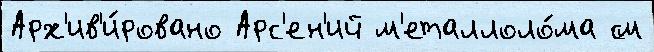
Арх'ив'и́ровано Арс'ен'ий м'еталлоло́ма см